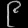
Digit: ၉